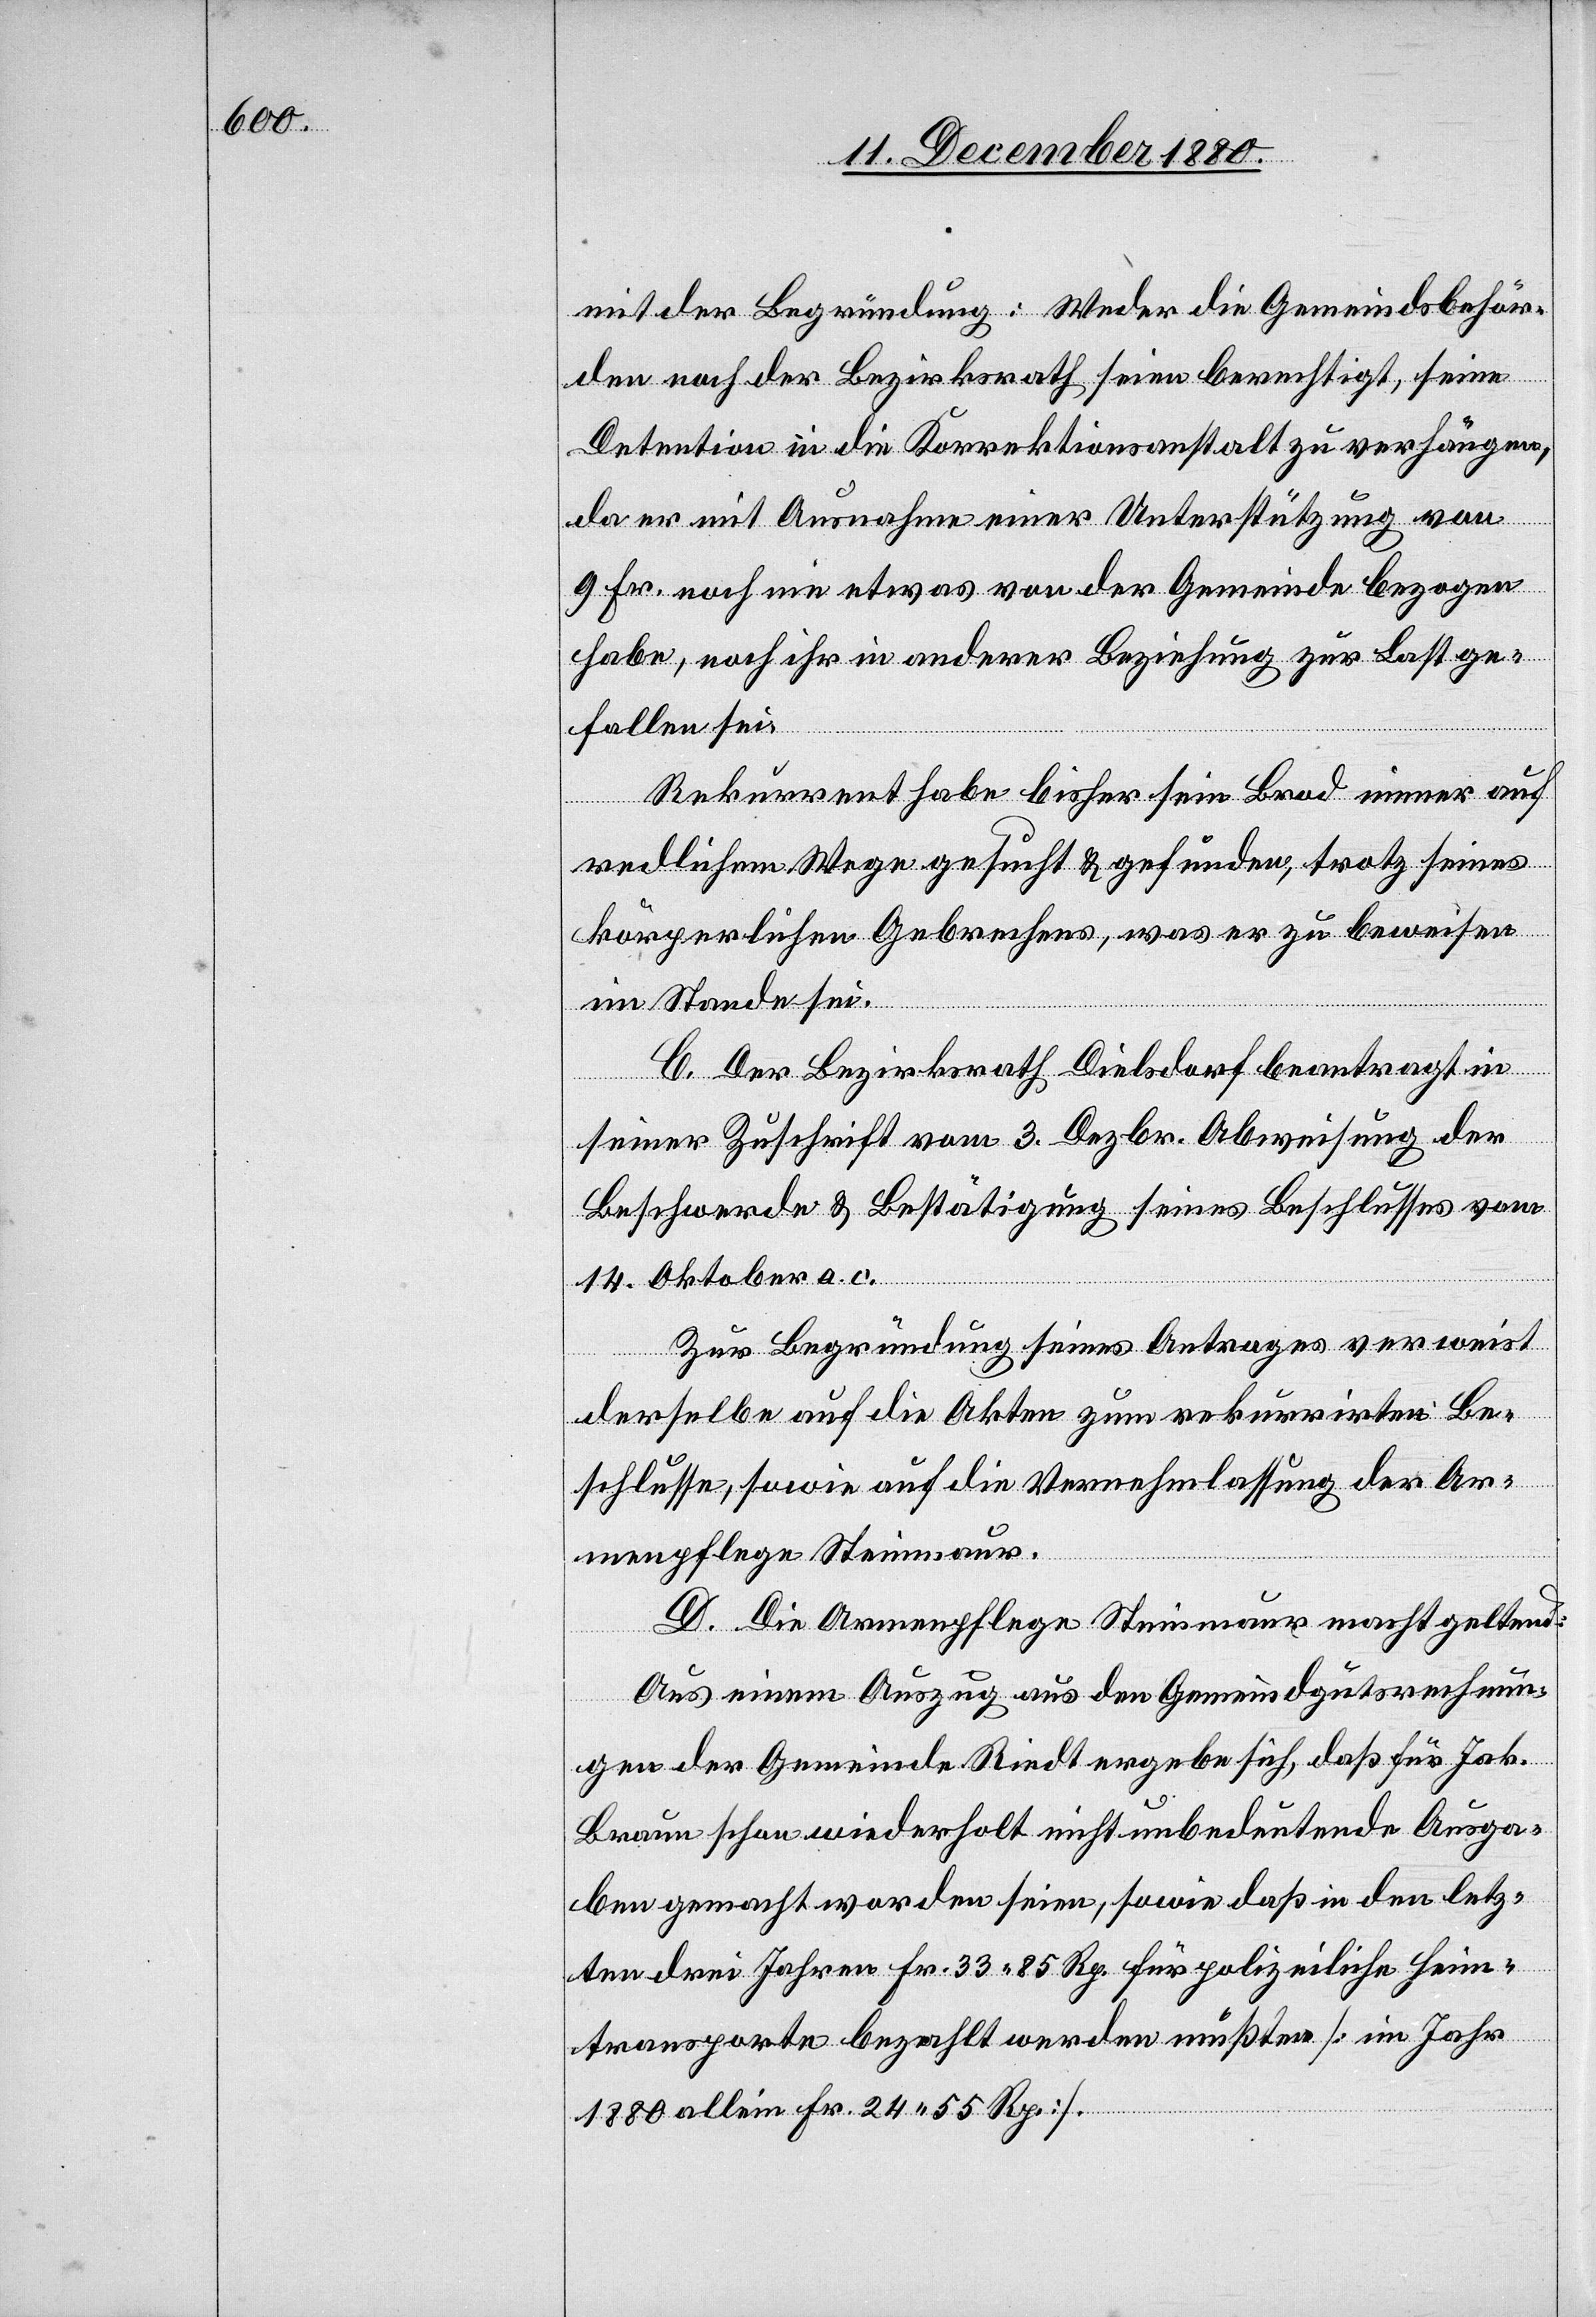
mit der Begründung: Weder die Gemeindsbehör¬
den noch der Bezirksrath seien berechtigt, seine
Detention in die Korrektionsanstalt zu verhängen,
da er mit Ausnahme einer Unterstützung von
9 Fr. noch nie etwas von der Gemeinde bezogen
habe, noch ihr in anderer Beziehung zu Last ge¬
fallen sei.
Rekurrent habe bisher sein Brod immer auf
redlichem Wege gesucht & gefunden, trotz seines
körperlichen Gebrechens, was er zu beweisen
im Stande sei.
C. Der Bezirksrath Dielsdorf beantragt in
seiner Zuschrift vom 3. Dezbr. Abweisung der
Beschwerde & Bestätigung seines Beschlusses vom
14. Oktober a. c.
Zur Begründung seines Antrages verweist
derselbe auf die Akten zum rekurrirten Be¬
schlusse, sowie auf die Vernehmlassung der Ar¬
menpflege Steinmaur.
D. Die Armenpflege Steinmaur macht geltend:
Aus einem Auszug aus den Gemeindgutsrechnun¬
gen der Gemeinde Riedt ergebe sich, daß für Jak.
Braun schon wiederholt nicht unbedeutende Ausga¬
ben gemacht worden seien, sowie daß in den letz¬
ten drei Jahren Fr. 33 85 Rp. für polizeiliche Heim¬
transporte bezahlt werden mußten [im Jahr
1880 allein Fr. 24 55 Rp.].